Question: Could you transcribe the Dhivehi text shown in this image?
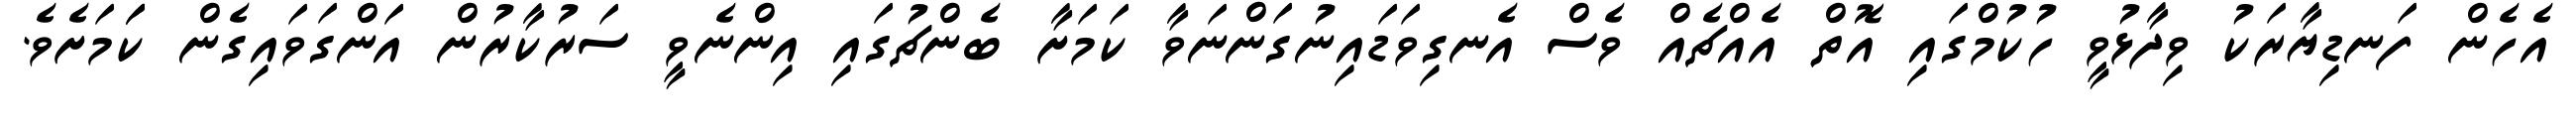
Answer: އެހެން ފަނޑިޔާރަކު ވިދާޅުވީ ހުކުމްގައި އޮތް އެއްޗެއް ވެސް އެނގިވަޑައިނުގަންނަވާ ކަމަށާ ބެންޗުގައި އިންނެވީ ސަރުކާރުން އަންގަވައިގެން ކަަމަށެވެ.